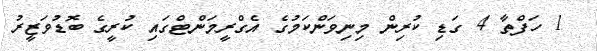
1 ހަފްތާ 4 ގަޑި ކުރިން މިނިވަންކަމުގެ އެގްރީމަންޓްގައި ކުރީގެ ބޮޑުވަޒީރު